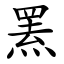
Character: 罴